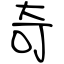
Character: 奇